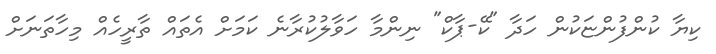
ކިޔާ ކުންފުންޏަކުން ހަދާ "ކޭ-ޕާކް" ނިންމާ ހަވާލުކުރާނެ ކަމަށް އެތައް ތާރީހެއް މިހާތަނަށް